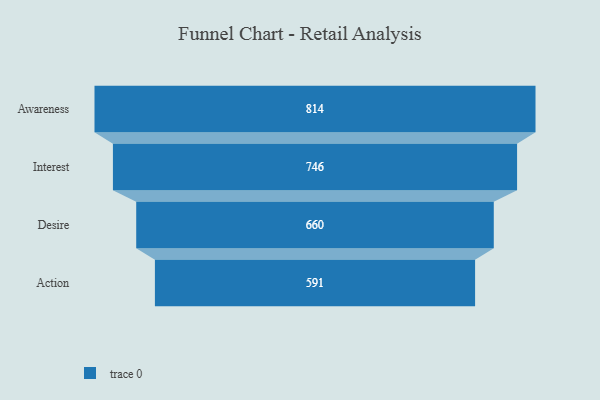
{"axis": {"x": "Stage", "y": "Value"}, "legend": [""], "data": [{"x": "Awareness", "y": 814.0, "type": ""}, {"x": "Interest", "y": 746.0, "type": ""}, {"x": "Desire", "y": 660.0, "type": ""}, {"x": "Action", "y": 591.0, "type": ""}]}